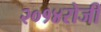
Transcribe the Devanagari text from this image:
२०१४रोजी